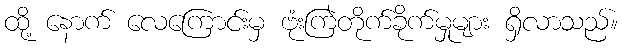
ထို့ နောက် လေကြောင်းမှ ဗုံးကြဲတိုက်ခိုက်မှုများ ရှိလာသည်။